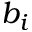
b _ { i }